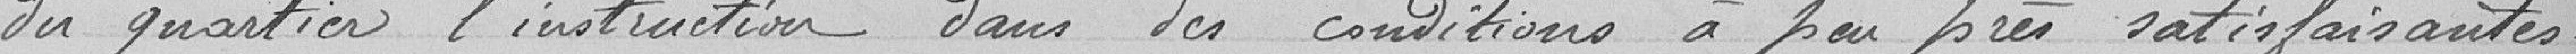
du quartier l'instruction dans des conditions à peu prés satisfaisantes.